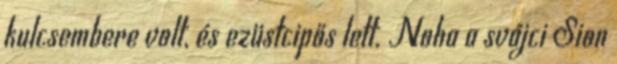
kulcsembere volt, és ezüstcipős lett. Noha a svájci Sion